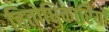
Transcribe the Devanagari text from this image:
हितोधिकारियों